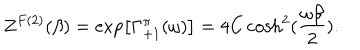
LaTeX: Z ^ { F ( 2 ) } ( \beta ) = \exp \left[ \Gamma _ { + 1 } ^ { \pi } ( \omega ) \right] = 4 C \cosh ^ { 2 } ( { \frac { \omega \beta } { 2 } } ) .